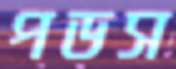
পডস